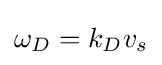
\omega _{D}=k_{D}v_{s}